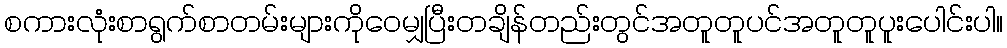
စကားလုံးစာရွက်စာတမ်းများကိုဝေမျှပြီးတချိန်တည်းတွင်အတူတူပင်အတူတူပူးပေါင်းပါ။